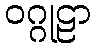
ဝဂ္ဂုဠာ